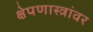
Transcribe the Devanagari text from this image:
क्षेपणास्त्रांवर